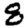
Digit: 8